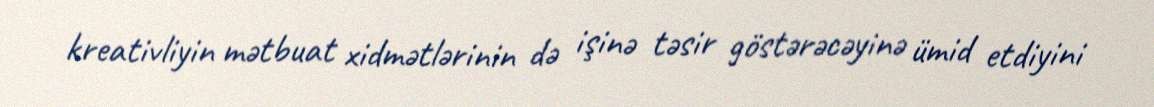
kreativliyin mətbuat xidmətlərinin də işinə təsir göstərəcəyinə ümid etdiyini